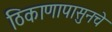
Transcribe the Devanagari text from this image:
ठिकाणापासुनचे